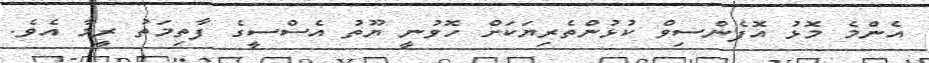
އެންމެ މޮޅު އޮފެންސިވް ކުޅުންތެރިޔަކަށް ހޮވުނީ ޔޫތު އެސްސީގެ ފާތިމަތު ރީމާ އެވެ.